Reports on military cantonments and civil stations in the Presidency of Bombay inspected by the Sanitary Commissioner in the years 1875 and 1876
Year: 1875
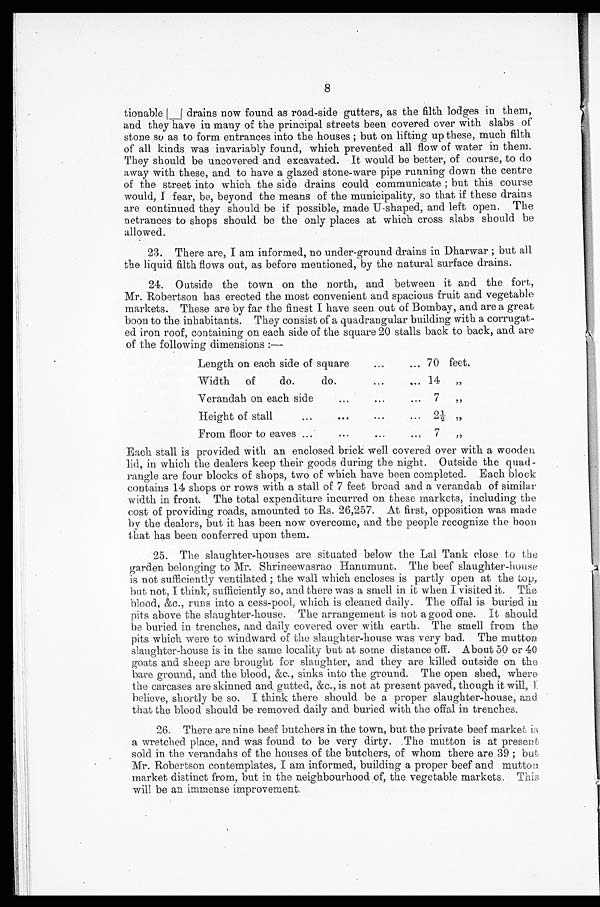
8
tionable drains now found as road-side gutters, as the filth lodges in them,
and they have in many of the principal streets been covered over with slabs of
stone so as to form entrances into the houses; but on lifting up these, much filth
of all kinds was invariably found, which prevented all flow of water in them.
They should be uncovered and excavated. It would be better, of course, to do
away with these, and to have a glazed stone-ware pipe running down the centre
of the street into which the side drains could communicate; but this course
would, I fear, be, beyond the means of the municipality, so that if these drains
are continued they should be if possible, made U-shaped, and left open. The
netrances to shops should be the only places at which cross slabs should be
allowed.
23. There are, I am informed, no under-ground drains in Dharwar; but all
the liquid filth flows out, as before mentioned, by the natural surface drains.
24. Outside the town on the north, and between it and the fort,
Mr. Robertson has erected the most convenient and spacious fruit and vegetable
markets. These are by far the finest I have seen out of Bombay, and are a great
boon to the inhabitants. They consist of a quadrangular building with a corrugat
- e d i r o n r o o f , c o n t a i n i n g o n e a c h s i d e o f t h e s q u a r e 2 0 s t a l l s b a c k t o b a c k , a n d a r e
of the following dimensions:—
Length on each side of square . . .
70 feet.
Width of do. do. . . .
14
"
Verandah on each side . . .
7
"
Height of stall . . .
2 ½
"
From floor to eaves . . .
7
"
Each stall is provided with an enclosed brick well covered over with a wooden
lid, in which the dealers keep their goods during the night. Outside the quad
-rangle are four blocks of shops, two of which have been completed. Each block
contains 14 shops or rows with a stall of 7 feet bread and a verandah of similar
width in front. The total expenditure incurred on these markets, including the
cost of providing roads, amounted to Rs. 26,257. At first, opposition was made
by the dealers, but it has been now overcome, and the people recognize the boon
that has been conferred upon them.
25. The slaughter-houses are situated below the Lal Tank close to the
garden belonging to Mr. Shrineewasrao Hanumunt. The beef slaughter-house
is not sufficiently ventilated; the wall which encloses is partly open at the top,
but not, I think, sufficiently so, and there was a smell in it when I visited it. The
blood, &c., runs into a cess-pool, which is cleaned daily. The offal is buried in
pits above the slaughter-house. The arrangement is not a good one. It should
be buried in trenches, and daily covered over with earth. The smell from the
pits which were to windward of the slaughter-house was very bad. The mutton
slaughter-house is in the same locality but at some distance off. About 50 or 40
goats and sheep are brought for slaughter, and they are killed outside on the
hare ground, and the blood, &c., sinks into the ground. The open shed, where
the carcases are skinned and gutted, &c., is not at present paved, though it will, I
believe, shortly be so. I think there should be a proper slaughter-house, and
that the blood should be removed daily and buried with the offal in trenches.
26. There are nine beef butchers in the town, but the private beef market is
a wretched place, and was found to be very dirty. The mutton is at present
sold in the verandahs of the houses of the butchers, of whom there are 39; but
Mr. Robertson contemplates, I am informed, building a proper beef and mutton
market distinct from, but in the neighbourhood of, the vegetable markets, This
will be an immense improvement.